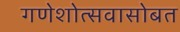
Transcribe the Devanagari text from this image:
गणेशोत्सवासोबत